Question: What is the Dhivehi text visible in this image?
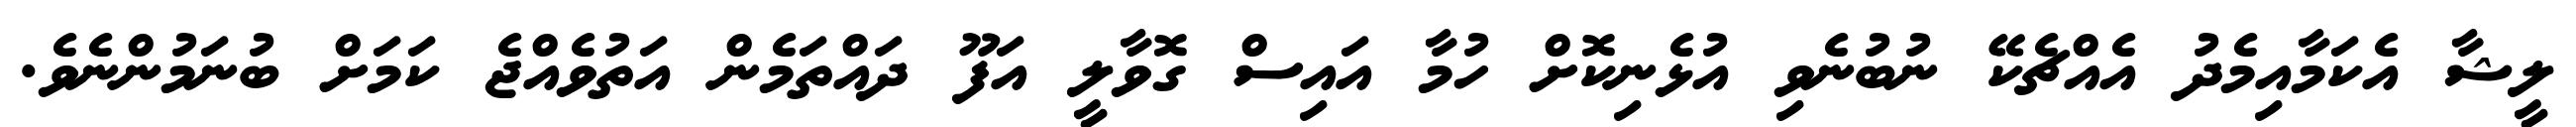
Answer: ލީޝާ އެކަމާއިމެދު އެއްޗެކޭ ނުބުނެވި އުޅެނިކޮށް ހުމާ އައިސް ގޮވާލީ އަފޫ ދައްތަމެން އަތުވެއްޖެ ކަމަށް ބުނަމުންނެވެ.